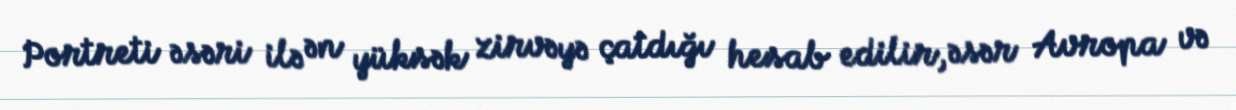
Portreti əsəri ilə ən yüksək zirvəyə çatdığı hesab edilir, əsər Avropa və